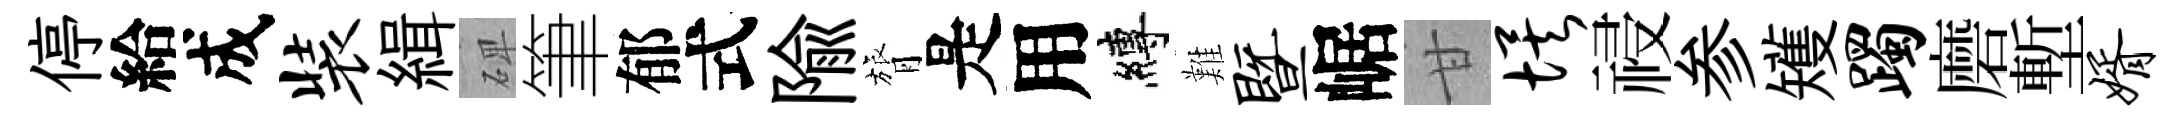
停給成装緝𥓓筆郁式隃膂是用縛難暨崌甘埃祲参矱躅磨塹婿